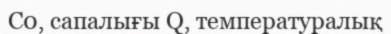
С0, сапалығы Q, температуралық